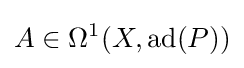
A\in \Omega ^{1}(X,\operatorname {ad} (P))